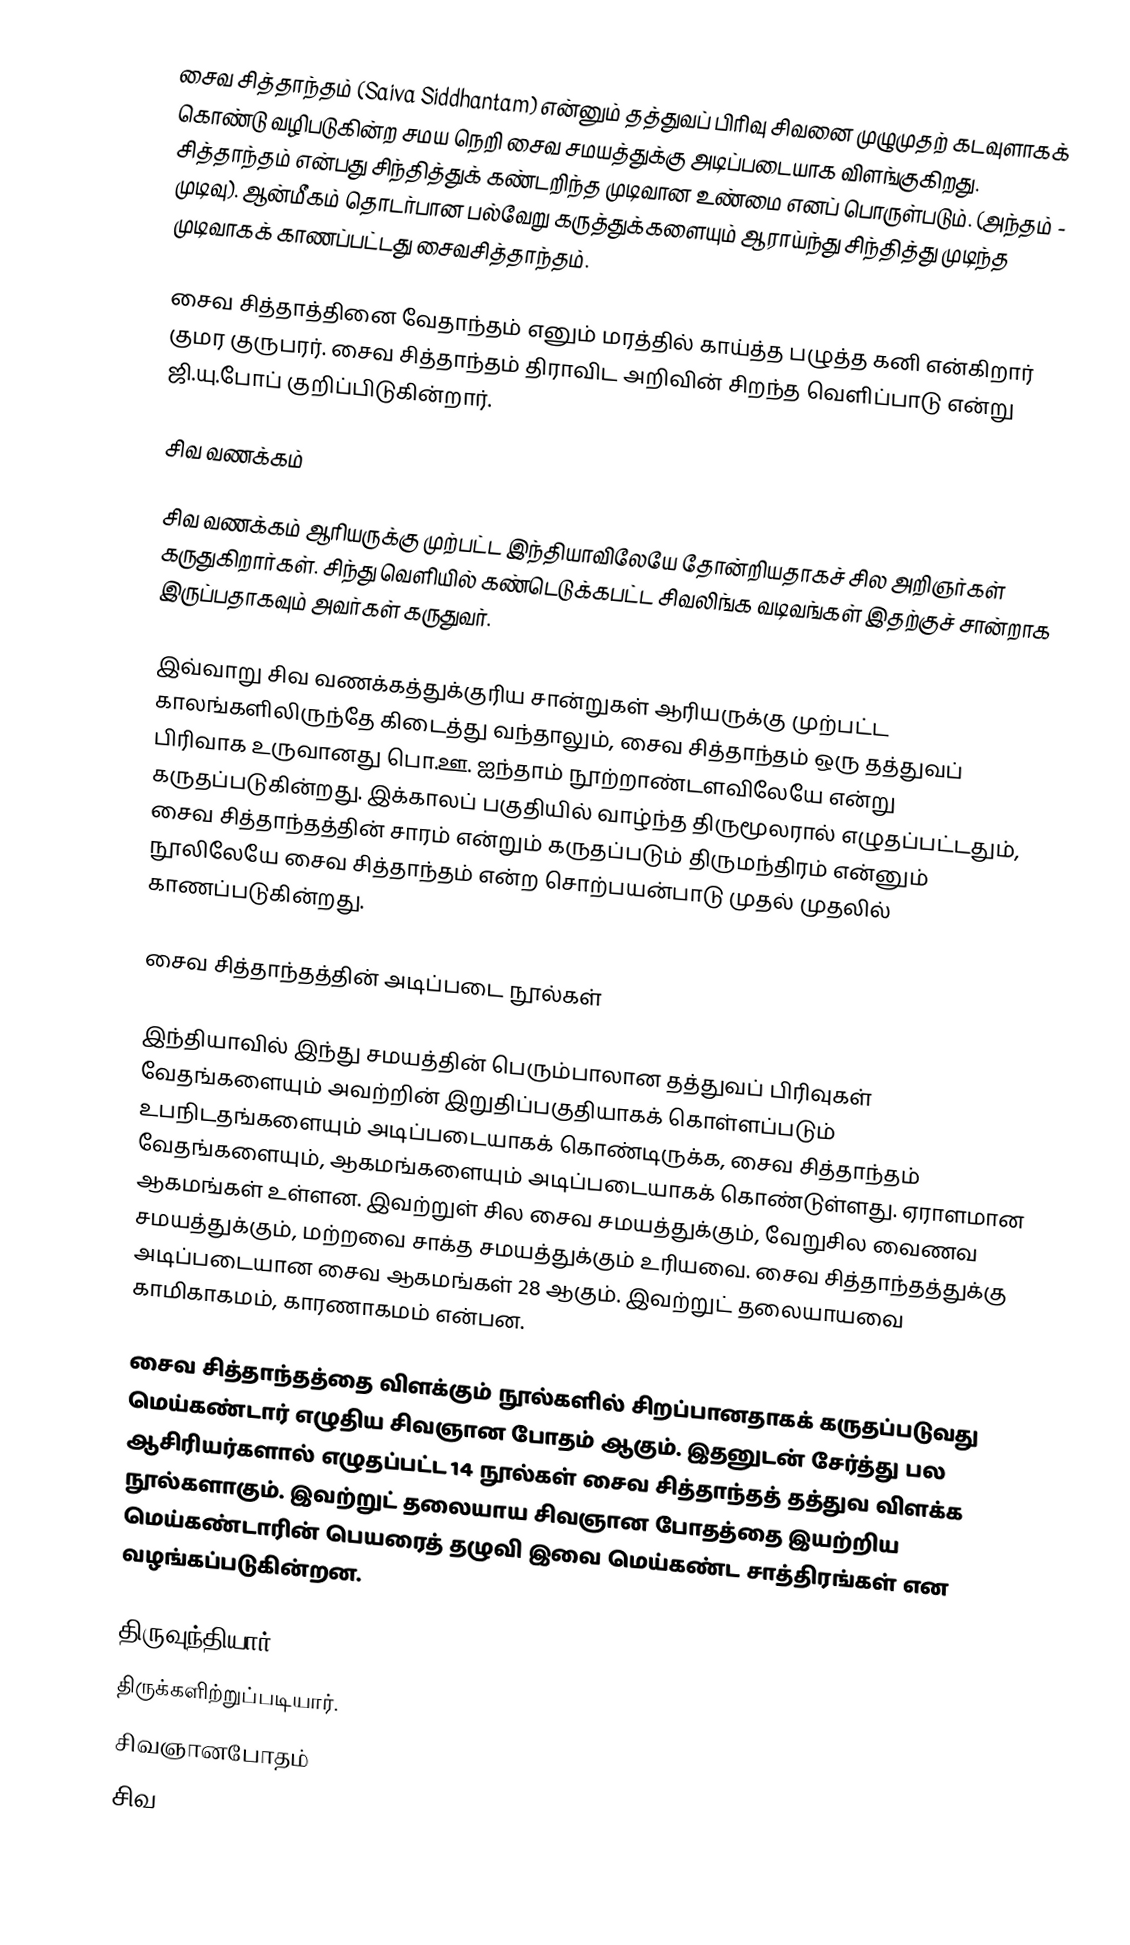
சைவ சித்தாந்தம் (Saiva Siddhantam) என்னும் தத்துவப் பிரிவு சிவனை முழுமுதற் கடவுளாகக் கொண்டு வழிபடுகின்ற சமய நெறி சைவ சமயத்துக்கு அடிப்படையாக விளங்குகிறது. சித்தாந்தம் என்பது சிந்தித்துக் கண்டறிந்த முடிவான உண்மை எனப் பொருள்படும். (அந்தம் - முடிவு). ஆன்மீகம் தொடர்பான பல்வேறு கருத்துக்களையும் ஆராய்ந்து சிந்தித்து முடிந்த முடிவாகக் காணப்பட்டது சைவசித்தாந்தம்.

சைவ சித்தாத்தினை வேதாந்தம் எனும் மரத்தில் காய்த்த பழுத்த கனி என்கிறார் குமர குருபரர். சைவ சித்தாந்தம் திராவிட அறிவின் சிறந்த வெளிப்பாடு என்று ஜி.யு.போப் குறிப்பிடுகின்றார்.

சிவ வணக்கம்

சிவ வணக்கம் ஆரியருக்கு முற்பட்ட இந்தியாவிலேயே தோன்றியதாகச் சில அறிஞர்கள் கருதுகிறார்கள். சிந்து வெளியில் கண்டெடுக்கபட்ட சிவலிங்க வடிவங்கள் இதற்குச் சான்றாக இருப்பதாகவும் அவர்கள் கருதுவர்.

இவ்வாறு சிவ வணக்கத்துக்குரிய சான்றுகள் ஆரியருக்கு முற்பட்ட காலங்களிலிருந்தே கிடைத்து வந்தாலும், சைவ சித்தாந்தம் ஒரு தத்துவப் பிரிவாக உருவானது பொ.ஊ. ஐந்தாம் நூற்றாண்டளவிலேயே என்று கருதப்படுகின்றது. இக்காலப் பகுதியில் வாழ்ந்த திருமூலரால் எழுதப்பட்டதும், சைவ சித்தாந்தத்தின் சாரம் என்றும் கருதப்படும் திருமந்திரம் என்னும் நூலிலேயே சைவ சித்தாந்தம் என்ற சொற்பயன்பாடு முதல் முதலில் காணப்படுகின்றது.

சைவ சித்தாந்தத்தின் அடிப்படை நூல்கள்

இந்தியாவில் இந்து சமயத்தின் பெரும்பாலான தத்துவப் பிரிவுகள் வேதங்களையும் அவற்றின் இறுதிப்பகுதியாகக் கொள்ளப்படும் உபநிடதங்களையும் அடிப்படையாகக் கொண்டிருக்க, சைவ சித்தாந்தம் வேதங்களையும், ஆகமங்களையும் அடிப்படையாகக் கொண்டுள்ளது. ஏராளமான ஆகமங்கள் உள்ளன. இவற்றுள் சில சைவ சமயத்துக்கும், வேறுசில வைணவ சமயத்துக்கும், மற்றவை சாக்த சமயத்துக்கும் உரியவை. சைவ சித்தாந்தத்துக்கு அடிப்படையான சைவ ஆகமங்கள் 28 ஆகும். இவற்றுட் தலையாயவை காமிகாகமம், காரணாகமம் என்பன.

சைவ சித்தாந்தத்தை விளக்கும் நூல்களில் சிறப்பானதாகக் கருதப்படுவது மெய்கண்டார் எழுதிய சிவஞான போதம் ஆகும். இதனுடன் சேர்த்து பல ஆசிரியர்களால் எழுதப்பட்ட 14 நூல்கள் சைவ சித்தாந்தத் தத்துவ விளக்க நூல்களாகும். இவற்றுட் தலையாய சிவஞான போதத்தை இயற்றிய மெய்கண்டாரின் பெயரைத் தழுவி இவை மெய்கண்ட சாத்திரங்கள் என வழங்கப்படுகின்றன.

 திருவுந்தியார்
 திருக்களிற்றுப்படியார்.
 சிவஞானபோதம்
 சிவ